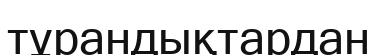
тұрандықтардан